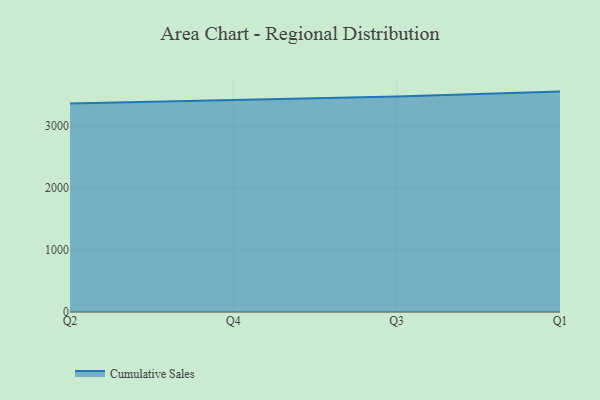
{"axis": {"x": "Quarter", "y": "Shipments"}, "legend": ["Cumulative Sales"], "data": [{"x": "Q2", "y": 3363.6, "type": "Cumulative Sales"}, {"x": "Q4", "y": 3422.6, "type": "Cumulative Sales"}, {"x": "Q3", "y": 3476.2, "type": "Cumulative Sales"}, {"x": "Q1", "y": 3556.7, "type": "Cumulative Sales"}]}